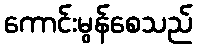
ကောင်းမွန်စေသည်